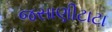
જસાણીટાટા